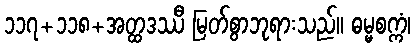
၁၁၇+၁၁၈+အတ္ထဒဿီ မြတ်စွာဘုရားသည်။ ဓမ္မစက္ကံ၊